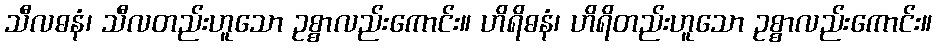
သီလဓနံ၊ သီလတည်းဟူသော ဥစ္စာလည်းကောင်း။ ဟိရိဓနံ၊ ဟိရိတည်းဟူသော ဥစ္စာလည်းကောင်း။